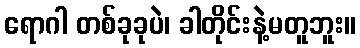
ရောဂါ တစ်ခုခုပဲ၊ ခါတိုင်းနဲ့မတူဘူး။